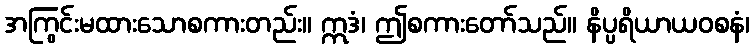
အကြွင်းမထားသောစကားတည်း။ ဣဒံ၊ ဤစကားတော်သည်။ နိပ္ပရိယာယဝစနံ၊